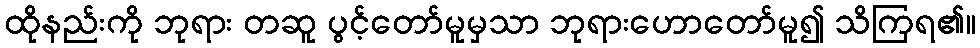
ထိုနည်းကို ဘုရား တဆူ ပွင့်တော်မူမှသာ ဘုရားဟောတော်မူ၍ သိကြရ၏။